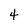
Character: 4